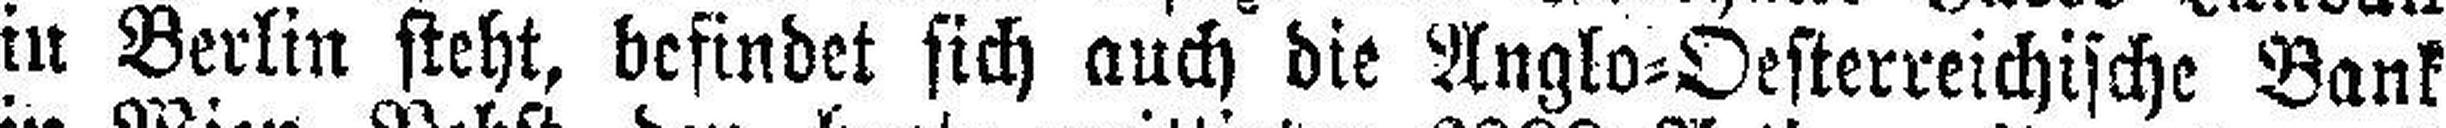
in Berlin steht, befindet sich auch die Anglo=Oesterreichische Bank